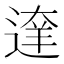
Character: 𨔶